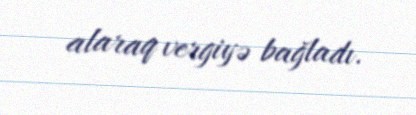
alaraq vergiyə bağladı.